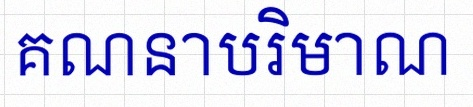
គណនាបរិមាណ